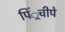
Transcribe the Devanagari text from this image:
पिं्रचीपे